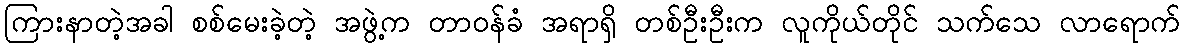
ကြားနာတဲ့အခါ စစ်မေးခဲ့တဲ့ အဖွဲ့က တာဝန်ခံ အရာရှိ တစ်ဦးဦးက လူကိုယ်တိုင် သက်သေ လာရောက်